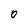
Character: O